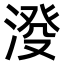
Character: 𣸍